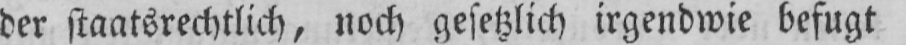
der staatsrechtlich, noch gesetzlich irgendwie befugt